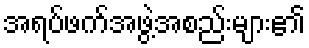
အရပ်ဖက်အဖွဲ့အစည်းများ၏